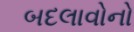
બદલાવોનો